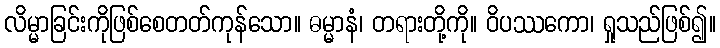
လိမ္မာခြင်းကိုဖြစ်စေတတ်ကုန်သော။ ဓမ္မာနံ၊ တရားတို့ကို။ ဝိပဿကော၊ ရှုသည်ဖြစ်၍။